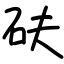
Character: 砆